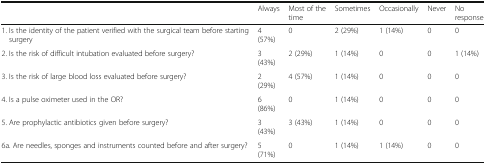
<table><thead><tr><td></td><td><b>Always</b></td><td><b>Most of the time</b></td><td><b>Sometimes</b></td><td><b>Occasionally</b></td><td><b>Never</b></td><td><b>No response</b></td></tr></thead><tbody><tr><td>1. Is the identity of the patient verified with the surgical team before starting surgery</td><td>4 (57%)</td><td>0</td><td>2 (29%)</td><td>1 (14%)</td><td>0</td><td>0</td></tr><tr><td>2. Is the risk of difficult intubation evaluated before surgery?</td><td>3 (43%)</td><td>2 (29%)</td><td>1 (14%)</td><td>0</td><td>0</td><td>1 (14%)</td></tr><tr><td>3. Is the risk of large blood loss evaluated before surgery?</td><td>2 (29%)</td><td>4 (57%)</td><td>1 (14%)</td><td>0</td><td>0</td><td>0</td></tr><tr><td>4. Is a pulse oximeter used in the OR?</td><td>6 (86%)</td><td>0</td><td>1 (14%)</td><td>0</td><td>0</td><td>0</td></tr><tr><td>5. Are prophylactic antibiotics given before surgery?</td><td>3 (43%)</td><td>3 (43%)</td><td>1 (14%)</td><td>0</td><td>0</td><td>0</td></tr><tr><td>6a. Are needles, sponges and instruments counted before and after surgery?</td><td>5 (71%)</td><td>0</td><td>1 (14%)</td><td>1 (14%)</td><td>0</td><td>0</td></tr></tbody></table>